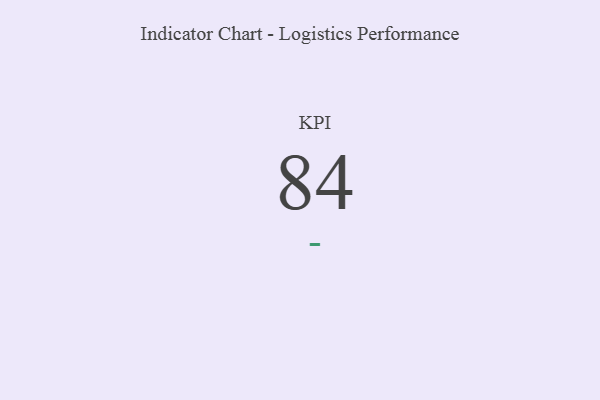
{"axis": {"x": "KPI", "y": "Value"}, "legend": [""], "data": [{"x": "KPI", "y": 84, "type": ""}]}